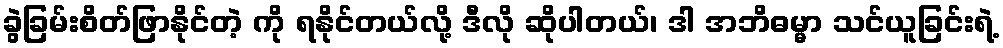
ခွဲခြမ်းစိတ်ဖြာနိုင်တဲ့ ကို ရနိုင်တယ်လို့ ဒီလို ဆိုပါတယ်၊ ဒါ အဘိဓမ္မာ သင်ယူခြင်းရဲ့